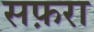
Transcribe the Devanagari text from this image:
सफ़रा